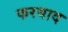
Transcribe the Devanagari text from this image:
फरयाद